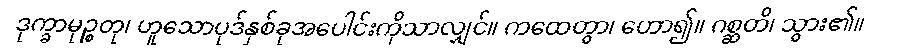
ဒုက္ခာမုဉ္စတု၊ ဟူသောပုဒ်နှစ်ခုအပေါင်းကိုသာလျှင်။ ကထေတွာ၊ ဟော၍။ ဂစ္ဆတိ၊ သွား၏။